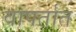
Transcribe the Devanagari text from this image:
वापर्तात